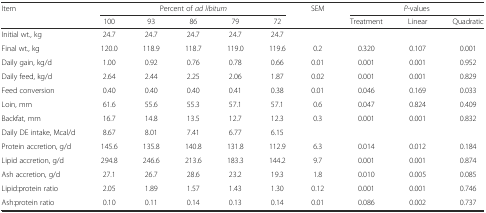
<table><thead><tr><td><b>Item</b></td><td colspan="5"><b>Percent of <i>ad libitum</i></b></td><td><b>SEM</b></td><td colspan="3"><b><i>P</i>-values</b></td></tr><tr><td></td><td><b>100</b></td><td><b>93</b></td><td><b>86</b></td><td><b>79</b></td><td><b>72</b></td><td></td><td><b>Treatment</b></td><td><b>Linear</b></td><td><b>Quadratic</b></td></tr></thead><tbody><tr><td>Initial wt., kg</td><td>24.7</td><td>24.7</td><td>24.7</td><td>24.7</td><td>24.7</td><td></td><td></td><td></td><td></td></tr><tr><td>Final wt., kg</td><td>120.0</td><td>118.9</td><td>118.7</td><td>119.0</td><td>119.6</td><td>0.2</td><td>0.320</td><td>0.107</td><td>0.001</td></tr><tr><td>Daily gain, kg/d</td><td>1.00</td><td>0.92</td><td>0.76</td><td>0.78</td><td>0.66</td><td>0.01</td><td>0.001</td><td>0.001</td><td>0.952</td></tr><tr><td>Daily feed, kg/d</td><td>2.64</td><td>2.44</td><td>2.25</td><td>2.06</td><td>1.87</td><td>0.02</td><td>0.001</td><td>0.001</td><td>0.829</td></tr><tr><td>Feed conversion</td><td>0.40</td><td>0.40</td><td>0.40</td><td>0.41</td><td>0.38</td><td>0.01</td><td>0.046</td><td>0.169</td><td>0.033</td></tr><tr><td>Loin, mm</td><td>61.6</td><td>55.6</td><td>55.3</td><td>57.1</td><td>57.1</td><td>0.6</td><td>0.047</td><td>0.824</td><td>0.409</td></tr><tr><td>Backfat, mm</td><td>16.7</td><td>14.8</td><td>13.5</td><td>12.7</td><td>12.3</td><td>0.3</td><td>0.001</td><td>0.001</td><td>0.832</td></tr><tr><td>Daily DE intake, Mcal/d</td><td>8.67</td><td>8.01</td><td>7.41</td><td>6.77</td><td>6.15</td><td></td><td></td><td></td><td></td></tr><tr><td>Protein accretion, g/d</td><td>145.6</td><td>135.8</td><td>140.8</td><td>131.8</td><td>112.9</td><td>6.3</td><td>0.014</td><td>0.012</td><td>0.184</td></tr><tr><td>Lipid accretion, g/d</td><td>294.8</td><td>246.6</td><td>213.6</td><td>183.3</td><td>144.2</td><td>9.7</td><td>0.001</td><td>0.001</td><td>0.874</td></tr><tr><td>Ash accretion, g/d</td><td>27.1</td><td>26.7</td><td>28.6</td><td>23.2</td><td>19.3</td><td>1.8</td><td>0.010</td><td>0.005</td><td>0.085</td></tr><tr><td>Lipid:protein ratio</td><td>2.05</td><td>1.89</td><td>1.57</td><td>1.43</td><td>1.30</td><td>0.12</td><td>0.001</td><td>0.001</td><td>0.746</td></tr><tr><td>Ash:protein ratio</td><td>0.10</td><td>0.11</td><td>0.14</td><td>0.13</td><td>0.14</td><td>0.01</td><td>0.086</td><td>0.002</td><td>0.737</td></tr></tbody></table>